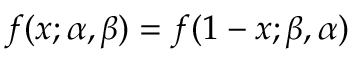
f ( x ; \alpha , \beta ) = f ( 1 - x ; \beta , \alpha )